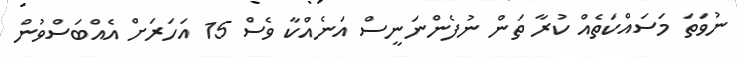
ނުވަތަ މަސައްކަތެއް ކުރާ ތަން ނުފެންނަނީސް އަނެއްކާ ވެސް 15 އަހަރަށް އެއްބަސްވުން